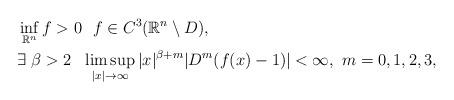
LaTeX: \begin{align*}&\inf_{\mathbb{R}^n}f>0\ \ f\in C^3(\mathbb{R}^n\setminus D),\\&\exists\ \beta>2\ \ \limsup_{|x|\rightarrow\infty}|x|^{\beta+m}|D^m(f(x)-1)|<\infty,\ m=0,1,2,3,\end{align*}